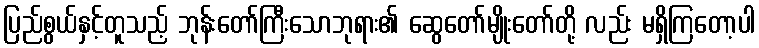
ပြည်စွယ်နှင့်တူသည့် ဘုန်းတော်ကြီးသောဘုရား၏ ဆွေတော်မျိုးတော်တို့ လည်း မရှိကြတော့ပါ